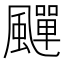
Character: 𩘾